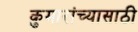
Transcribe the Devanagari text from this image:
कुमारांच्यासाठी